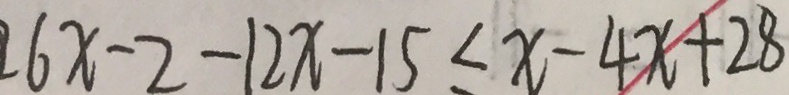
6 x - 2 - 1 2 x - 1 5 \leq x - 4 x + 2 8